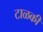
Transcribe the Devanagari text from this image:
टाळकी